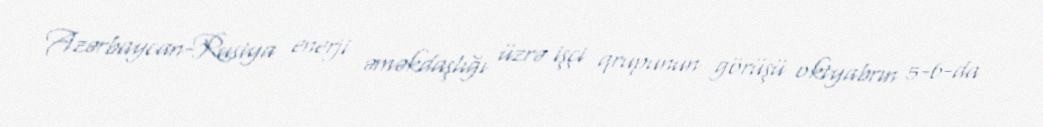
Azərbaycan-Rusiya enerji əməkdaşlığı üzrə işçi qrupunun görüşü oktyabrın 5-6-da